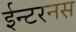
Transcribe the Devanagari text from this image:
ईन्टरनस